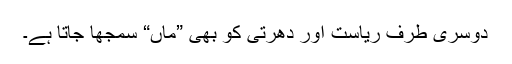
دوسری طرف ریاست اور دھرتی کو بھی ”ماں“ سمجھا جاتا ہے۔